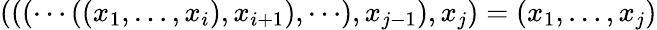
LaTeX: (((\cdots((x_{1},\dots,x_{i}),x_{i+1}),\cdots),x_{j-1}),x_{j})=(x_{1},\dots,x_{j})